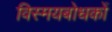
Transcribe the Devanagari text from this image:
विस्मयबोधकों